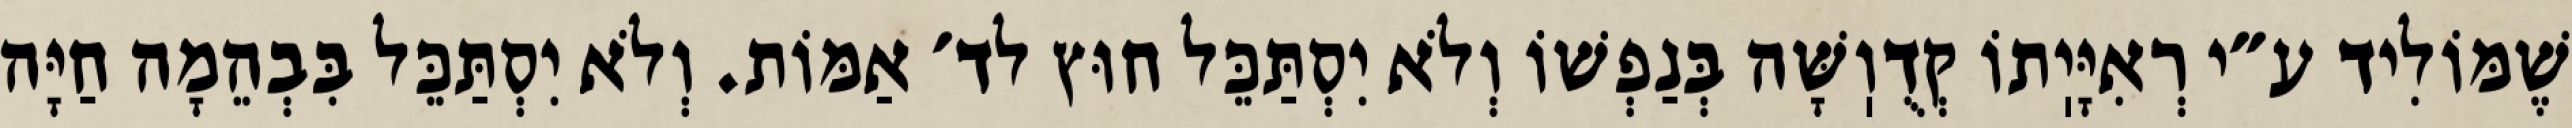
שֶׁמּוֹלִיד ע״י רְאִיָּיֽתוֹ קְדֻוֽשָּׁה בְּנַפְשׁוֹ וְלֹא יִסְתַּכֵּל חוּץ לד׳ אַמּוֹת. וְלֹא יִסְתַּכֵּל בִּבְהֵמָה חַיָּה